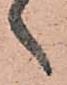
候